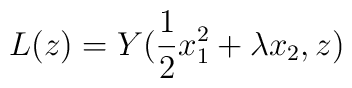
L(z) = Y(\frac{1}{2}x_1^2 +\lambda x_2,z)